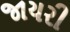
જાયરી